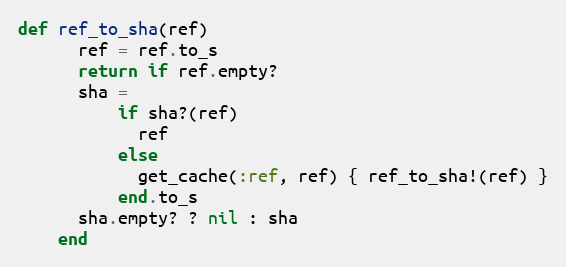
Language: Ruby
def ref_to_sha(ref)
      ref = ref.to_s
      return if ref.empty?
      sha =
          if sha?(ref)
            ref
          else
            get_cache(:ref, ref) { ref_to_sha!(ref) }
          end.to_s
      sha.empty? ? nil : sha
    end